65_HS1-834228961_62-HQ-83894_Section_4
Agency: FBI
Page 41
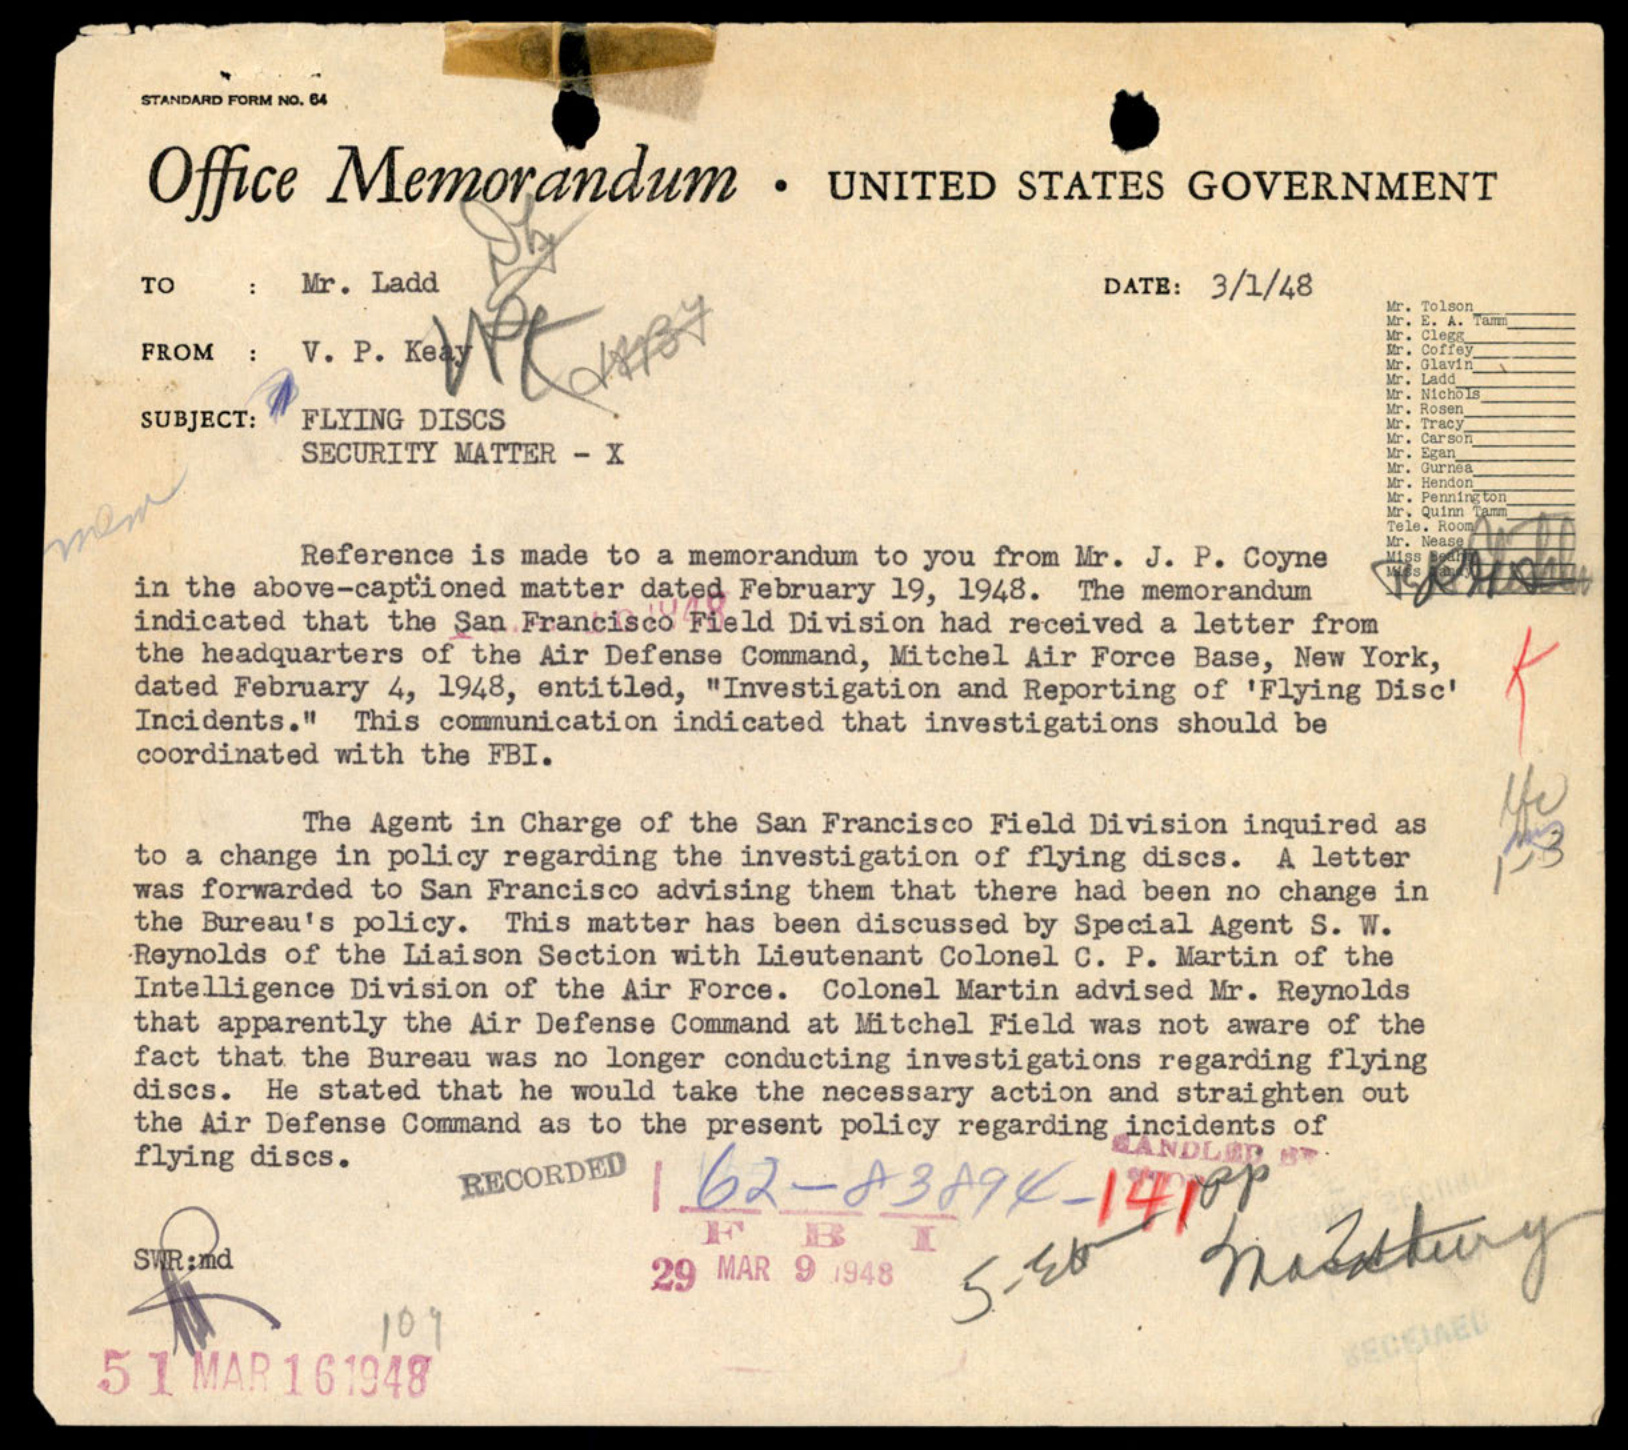